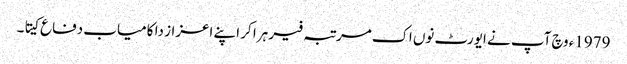
1979ء وچ آپ نے ایورٹ نو‏‏ں اک مرتبہ فیر ہرا کر اپنے اعزاز دا کامیاب دفاع کیتا۔